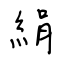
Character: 絹